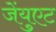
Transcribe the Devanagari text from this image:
जेंयुएट